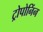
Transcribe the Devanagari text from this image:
ट्रोपोनिंन